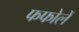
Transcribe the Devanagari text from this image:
फफोलें